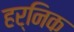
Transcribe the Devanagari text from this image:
हर्निक